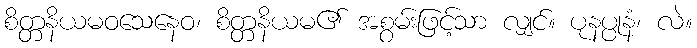
စိတ္တနိယမဝသေနေဝ၊ စိတ္တနိယမ၏ အစွမ်းဖြင့်သာ လျှင်။ ပုနပ္ပုနံ၊ လဲ။